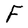
Character: F